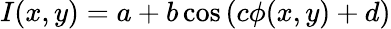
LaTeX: I(x,y)=a+b\cos\left(c\phi(x,y)+d\right)